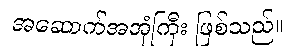
အဆောက်အအုံကြီး ဖြစ်သည်။